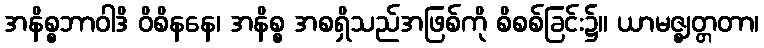
အနိစ္စဘာဝါဒိ ဝိစိနနေ၊ အနိစ္စ အစရှိသည်အဖြစ်ကို စိစစ်ခြင်း၌။ ယာမဇ္ဈတ္တတာ၊